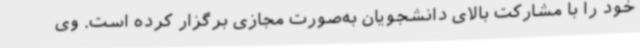
خود را با مشارکت بالای دانشجویان به‌صورت مجازی برگزار کرده است. وی